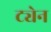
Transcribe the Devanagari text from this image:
ट्येन